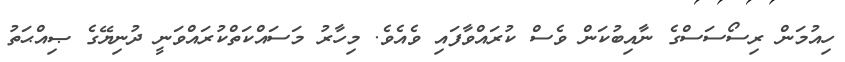
ހިއުމަން ރިސޯސަސްގެ ނާއިބުކަން ވެސް ކުރައްވާފައި ވެއެވެ. މިހާރު މަސައްކަތްކުރައްވަނީ ދުނިޔޭގެ ޞިއްޙަތު